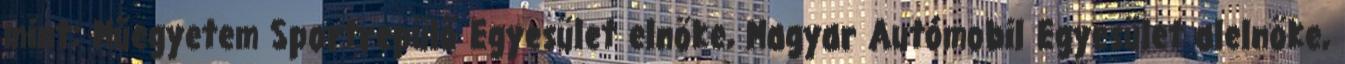
mint: Műegyetem Sportrepülő Egyesület elnöke, Magyar Autómobil Egyesület alelnöke,